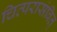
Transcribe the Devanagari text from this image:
चित्परासंवित्